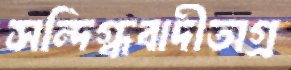
সন্দিগ্ধবাদীঅগ্র